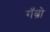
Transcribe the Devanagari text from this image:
गॅब्रो